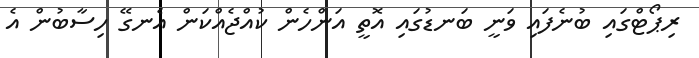
ރިޕޯޓްގައި ބުނެފައި ވަނީ ބަނޑުގައި އޮތީ އަންހެން ކުއްޖެއްކަން އެނގޭ ހިސާބުން އެ